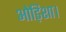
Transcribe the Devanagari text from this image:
ओड़िशा।